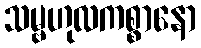
သမ္ဗဟုလကစ္စာနော